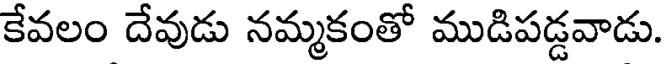
కేవలం దేవుడు నమ్మకంతో ముడిపడ్డవాడు.